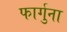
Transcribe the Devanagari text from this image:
फार्गुना